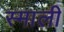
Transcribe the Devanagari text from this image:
स्माली